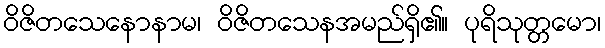
ဝိဇိတသေနောနာမ၊ ဝိဇိတသေနအမည်ရှိ၏။ ပုရိသုတ္တမော၊